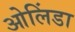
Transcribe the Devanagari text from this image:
ओलिंडा